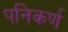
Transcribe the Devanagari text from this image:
पनिकर्ण